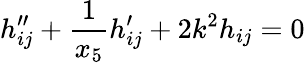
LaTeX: h_{ij}^{\prime\prime}+\frac{1}{x_{5}}h_{ij}^{\prime}+2k^{2}h_{ij}=0